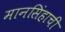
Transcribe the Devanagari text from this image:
मानसिंहाची